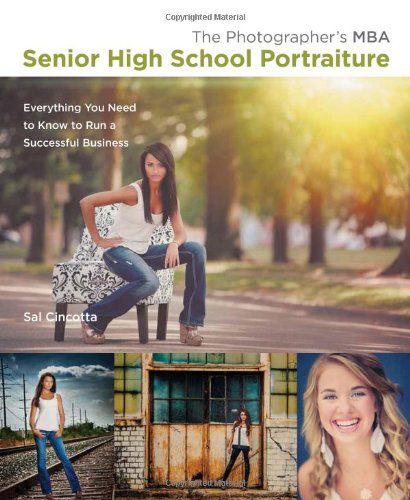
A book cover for The Photographer's MBA, Senior High School Portraiture: Everything You Need to Know to Run a Successful Business; Sal Cincotta; Arts & Photography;